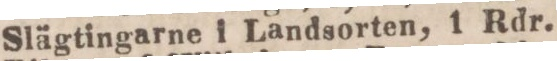
Slägtingarne i Landsorten, 1 Rdr.